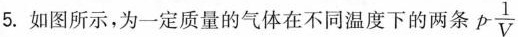
5. 如图所示，为一定质量的气体在不同温度下的两条p - \frac{1}{V}